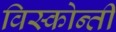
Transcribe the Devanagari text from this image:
विस्कोन्ती